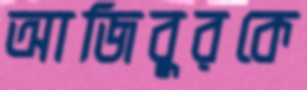
আজিবুরকে